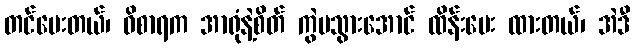
တင်ပေးတယ်၊ ဝိစာရက အာရုံနဲ့စိတ် ကွဲမသွားအောင် ထိန်းပေး ထားတယ်၊ အဲဒီ